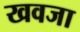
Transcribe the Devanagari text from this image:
खवजा